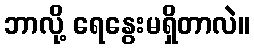
ဘာလို့ ရေနွေးမရှိတာလဲ။